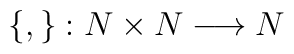
\left\{,\right\}:N\times N\longrightarrow N